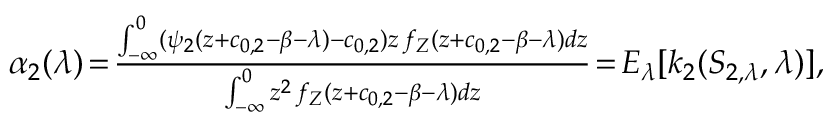
\begin{array} { r } { \alpha _ { 2 } ( \lambda ) \! = \! \frac { \int _ { - \infty } ^ { 0 } ( \psi _ { 2 } ( z + c _ { 0 , 2 } - \beta - \lambda ) - c _ { 0 , 2 } ) z \, f _ { Z } ( z + c _ { 0 , 2 } - \beta - \lambda ) d z } { \int _ { - \infty } ^ { 0 } z ^ { 2 } \, f _ { Z } ( z + c _ { 0 , 2 } - \beta - \lambda ) d z } \! = \! E _ { \lambda } [ k _ { 2 } ( S _ { 2 , \lambda } , \lambda ) ] , } \end{array}